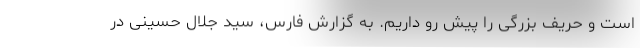
است و حریف بزرگی را پیش رو داریم. به گزارش فارس،‌ سید جلال حسینی در